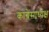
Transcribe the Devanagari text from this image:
कांग्रेसाध्यक्ष